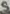
Text: 5